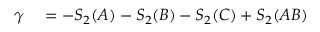
\begin{array} { r l } { \gamma } & { { } = - S _ { 2 } ( A ) - S _ { 2 } ( B ) - S _ { 2 } ( C ) + S _ { 2 } ( A B ) } \end{array}